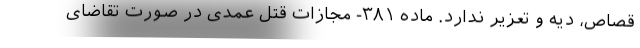
قصاص، دیه و تعزیر ندارد. ماده ۳۸۱- مجازات قتل عمدی در صورت تقاضای